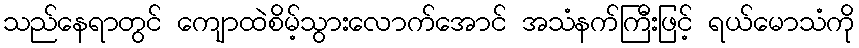
သည်နေရာတွင် ကျောထဲစိမ့်သွားလောက်အောင် အသံနက်ကြီးဖြင့် ရယ်မောသံကို